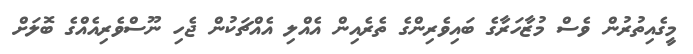
މީގެއިތުރުން ވެސް މުޒާހަރާގެ ބައިވެރިންގެ ތެރެއިން އެއްލި އެއްޗަކުން ޖެހި ނޫސްވެރިއެއްގެ ބޮލަށް